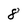
Character: 8